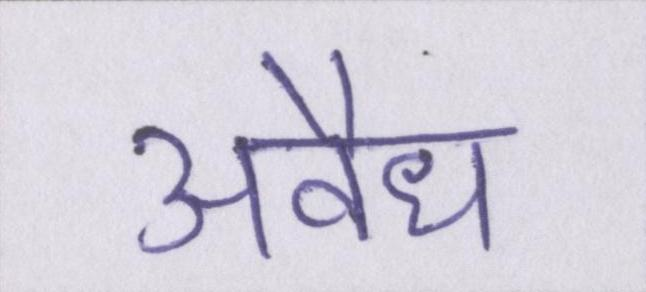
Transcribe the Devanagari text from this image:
अवैध